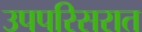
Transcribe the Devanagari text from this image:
उपपरिसरात